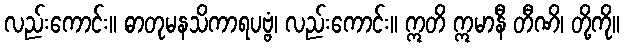
လည်းကောင်း။ ဓာတုမနသိကာရပဗ္ဗံ၊ လည်းကောင်း။ ဣတိ ဣမာနီ တီဏိ၊ တို့ကို။